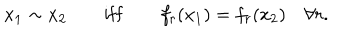
x _ { 1 } \sim x _ { 2 } \qquad \mathrm { i f f } \qquad f _ { r } ( x _ { 1 } ) = f _ { r } ( x _ { 2 } ) \quad \forall r .